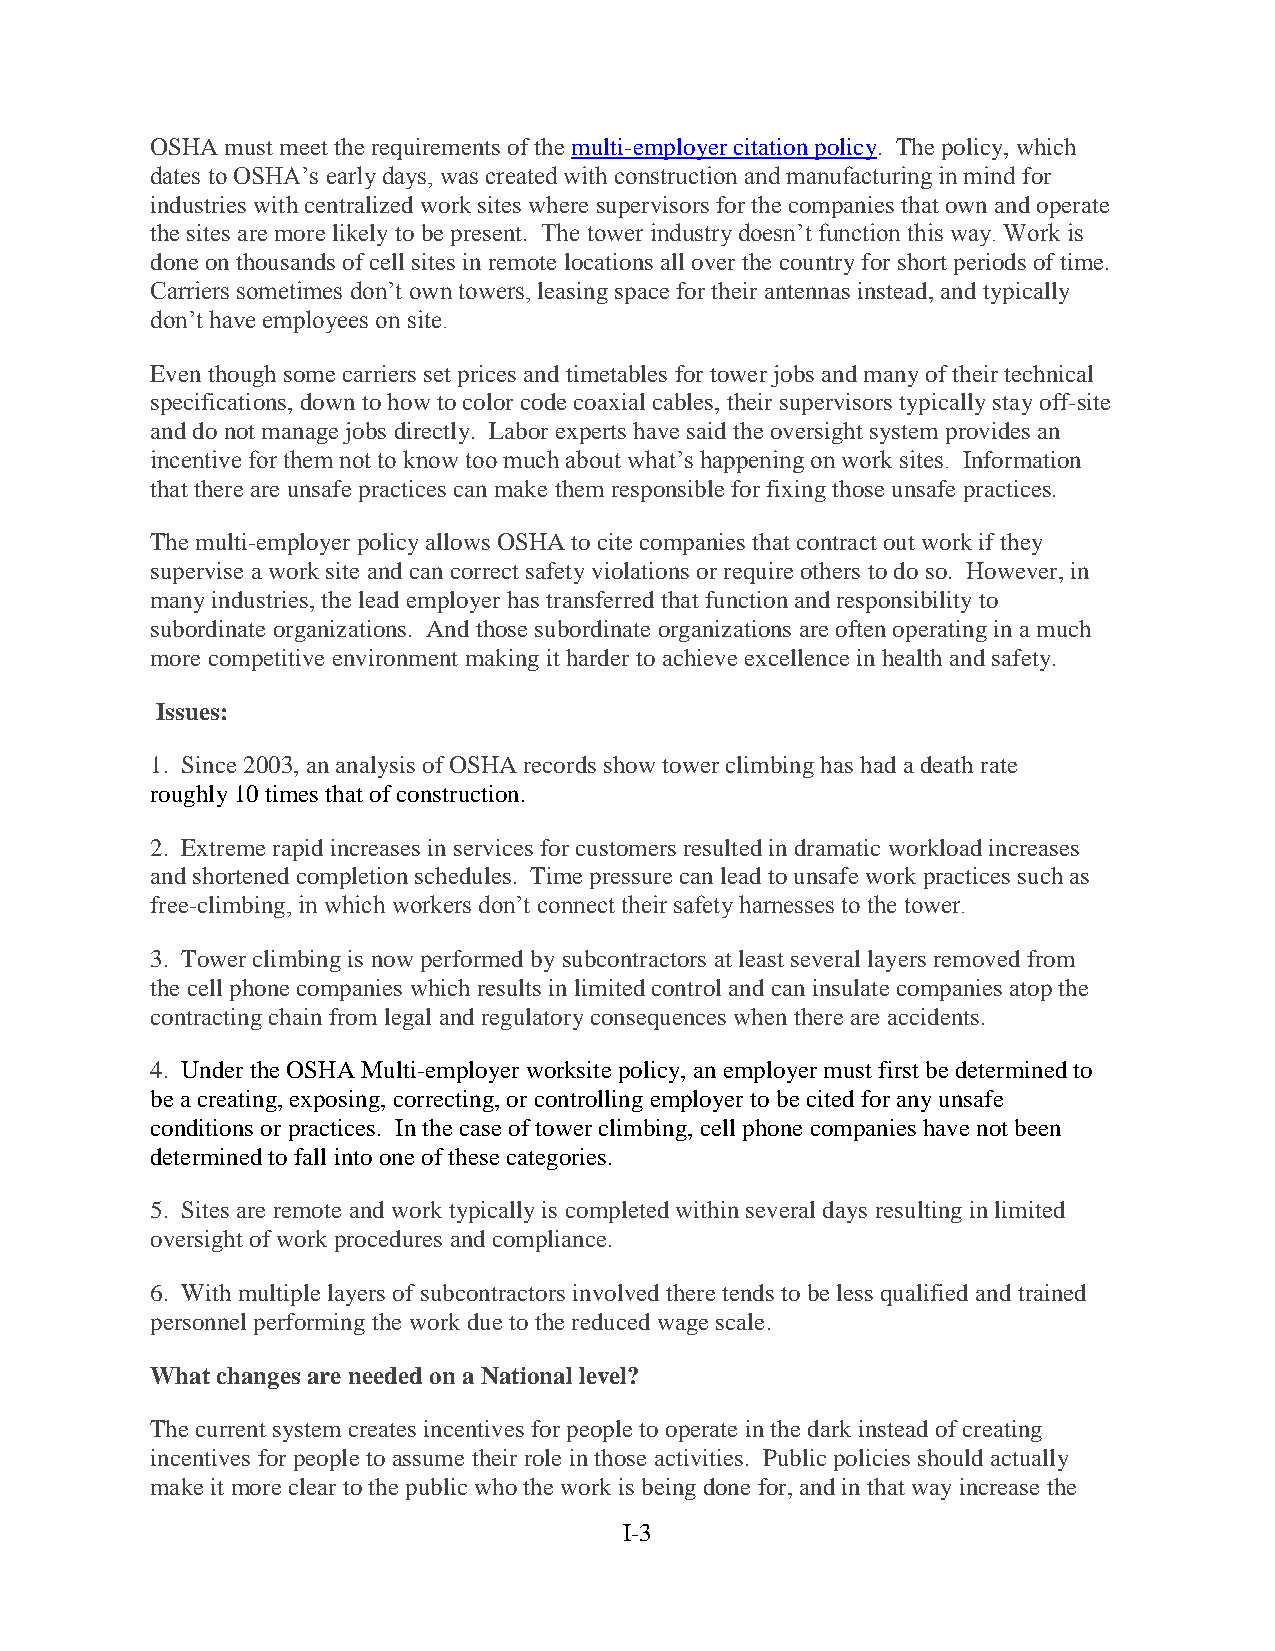
OSHA must meet the requirements of the multi-employer citation policy. The policy, which
 dates to OSHA’s early days, was created with construction and manufacturing in mind for
 industries with centralized work sites where supervisors for the companies that own and operate
 the sites are more likely to be present. The tower industry doesn’t function this way. Work is
 done on thousands of cell sites in remote locations all over the country for short periods of time.
 Carriers sometimes don’t own towers, leasing space for their antennas instead, and typically
 don’t have employees on site.
 Even though some carriers set prices and timetables for tower jobs and many of their technical
 specifications, down to how to color code coaxial cables, their supervisors typically stay off-site
 and do not manage jobs directly. Labor experts have said the oversight system provides an
 incentive for them not to know too much about what’s happening on work sites. Information
 that there are unsafe practices can make them responsible for fixing those unsafe practices.
 The multi-employer policy allows OSHA to cite companies that contract out work if they
 supervise a work site and can correct safety violations or require others to do so. However, in
 many industries, the lead employer has transferred that function and responsibility to
 subordinate organizations. And those subordinate organizations are often operating in a much
 more competitive environment making it harder to achieve excellence in health and safety.
 Issues:
 1. Since 2003, an analysis of OSHA records show tower climbing has had a death rate
 roughly 10 times that of construction.
 2. Extreme rapid increases in services for customers resulted in dramatic workload increases
 and shortened completion schedules. Time pressure can lead to unsafe work practices such as
 free-climbing, in which workers don’t connect their safety harnesses to the tower.
 3. Tower climbing is now performed by subcontractors at least several layers removed from
 the cell phone companies which results in limited control and can insulate companies atop the
 contracting chain from legal and regulatory consequences when there are accidents.
 4. Under the OSHA Multi-employer worksite policy, an employer must first be determined to
 be a creating, exposing, correcting, or controlling employer to be cited for any unsafe
 conditions or practices. In the case of tower climbing, cell phone companies have not been
 determined to fall into one of these categories.
 5. Sites are remote and work typically is completed within several days resulting in limited
 oversight of work procedures and compliance.
 6. With multiple layers of subcontractors involved there tends to be less qualified and trained
 personnel performing the work due to the reduced wage scale.
 What changes are needed on a National level?
 The current system creates incentives for people to operate in the dark instead of creating
 incentives for people to assume their role in those activities. Public policies should actually
 make it more clear to the public who the work is being done for, and in that way increase the
 I-3